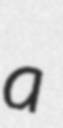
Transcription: a